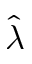
\hat { \lambda }